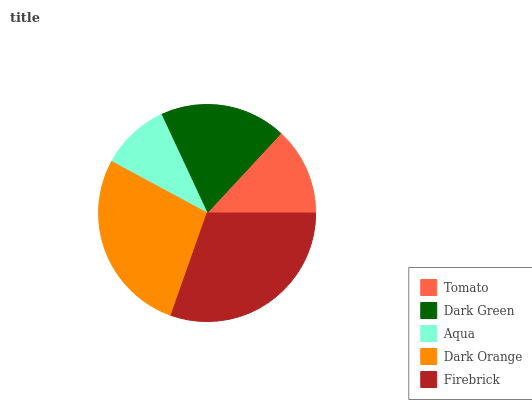
| Tomato | Dark Green | Aqua | Dark Orange | Firebrick |
 | --- | --- | --- | --- | --- |
 | 13.1% | 18.8% | 10.2% | 27.5% | 30.4% |